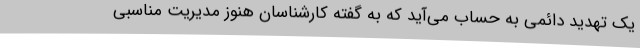
یک تهدید دائمی به حساب می‌آید که به گفته کارشناسان هنوز مدیریت مناسبی